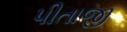
પીતાજી